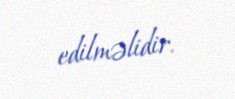
edilməlidir.